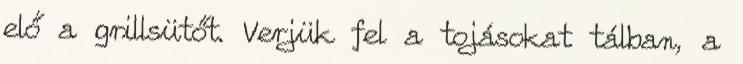
elő a grillsütőt. Verjük fel a tojásokat tálban, a